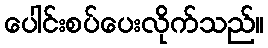
ပေါင်းစပ်ပေးလိုက်သည်။